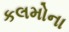
કલમોના